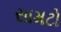
સામટો